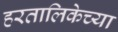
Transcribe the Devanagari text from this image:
हरतालिकेच्या